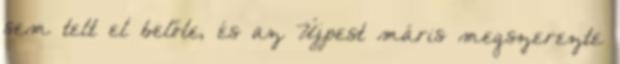
sem telt el belőle, és az Újpest máris megszerezte